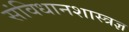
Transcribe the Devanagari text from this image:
संविधानशास्त्रज्ञ